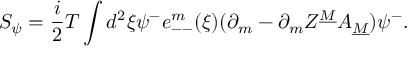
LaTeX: S _ { \psi } = { \frac { i } { 2 } } T \int d ^ { 2 } \xi \psi ^ { - } e _ { -- } ^ { m } ( \xi ) ( \partial _ { m } - \partial _ { m } Z ^ { \underline { { M } } } A _ { \underline { { M } } } ) \psi ^ { - } .